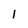
Character: 1